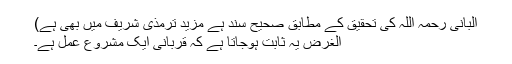
البانی رحمہ اللہ کی تحقیق کے مطابق صحیح سند ہے مزید ترمذی شریف میں بھی ہے)
الغرض یہ ثابت ہوجاتا ہے کہ قربانی ایک مشروع عمل ہے۔